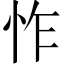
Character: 怍